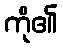
ကို၏